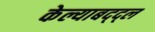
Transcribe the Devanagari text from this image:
केल्याबद्द्ल